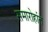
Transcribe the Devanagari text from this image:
समारोहांत